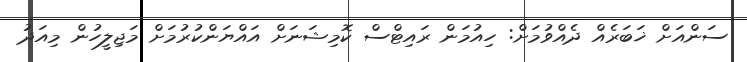
ސަންއަށް ޚަބަރެއް ދެއްވުމަށް: ހިއުމަން ރައިޓްސް ކޮމިޝަނަށް އައްޔަންކުރުމަށް މަޖިލީހުން މިއަދު